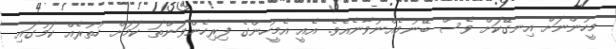
މީހުންނަށް އިނގޭކަށް ވެސް ބޭނުމެއްނުވާނެއެވެ. އެއީ އެމީހުންގެ ފިރިހެންވަންތަ ކަމަށް ހުތުރެއް ކަމުގައި